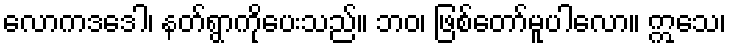
လောကဒဒေါ၊ နတ်ရွာကိုပေးသည်။ ဘဝ၊ ဖြစ်တော်မူပါလော။ ဣသေ၊